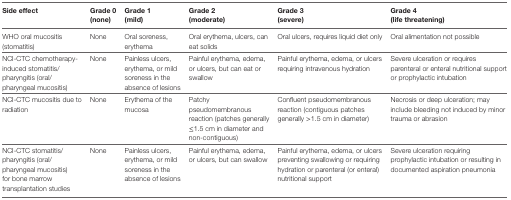
<table><thead><tr><td><b>Side effect</b></td><td><b>Grade 0 (none)</b></td><td><b>Grade 1 (mild)</b></td><td><b>Grade 2 (moderate)</b></td><td><b>Grade 3 (severe)</b></td><td><b>Grade 4 (life threatening)</b></td></tr></thead><tbody><tr><td>WHO oral mucositis (stomatitis)</td><td>None</td><td>Oral soreness, erythema</td><td>Oral erythema, ulcers, can eat solids</td><td>Oral ulcers, requires liquid diet only</td><td>Oral alimentation not possible</td></tr><tr><td>NCI-CTC chemotherapy-induced stomatitis/pharyngitis (oral/pharyngeal mucositis)</td><td>None</td><td>Painless ulcers, erythema, or mild soreness in the absence of lesions</td><td>Painful erythema, edema, or ulcers, but can eat or swallow</td><td>Painful erythema, edema, or ulcers requiring intravenous hydration</td><td>Severe ulceration or requires parenteral or enteral nutritional support or prophylactic intubation</td></tr><tr><td>NCI-CTC mucositis due to radiation</td><td>None</td><td>Erythema of the mucosa</td><td>Patchy pseudomembranous reaction (patches generally ≤1.5 cm in diameter and non-contiguous)</td><td>Confluent pseudomembranous reaction (contiguous patches generally &gt;1.5 cm in diameter)</td><td>Necrosis or deep ulceration; may include bleeding not induced by minor trauma or abrasion</td></tr><tr><td>NCI-CTC stomatitis/pharyngitis (oral/pharyngeal mucositis) for bone marrow transplantation studies</td><td>None</td><td>Painless ulcers, erythema, or mild soreness in the absence of lesions</td><td>Painful erythema, edema, or ulcers, but can swallow</td><td>Painful erythema, edema, or ulcers preventing swallowing or requiring hydration or parenteral (or enteral) nutritional support</td><td>Severe ulceration requiring prophylactic intubation or resulting in documented aspiration pneumonia</td></tr></tbody></table>